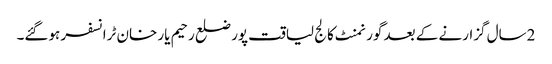
2سال گزارنے کے بعد گورنمنٹ کالج لیاقت پور ضلع رحیم یار خان ٹرانسفر ہوگئے۔